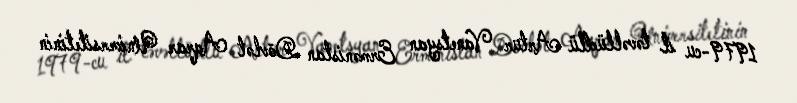
1979-cu il təvəllüdlü Artur Vanetsyan Ermənistan Dövlət Aqrar Universitetinin